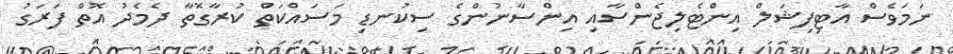
ނަމަވެސް އާޓިފިޝަލް އިންޓެލިޖެންސާއި އިންސާނުންގެ ސިކުނޑި މަސައްކަތް ކުރާގޮތާ ދެމެދު އޮތް ފަރަގު